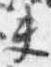
夫